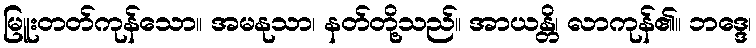
မြူးတတ်ကုန်သော။ အမနုသာ၊ နတ်တို့သည်။ အာယန္တိ၊ လာကုန်၏။ ဘဒ္ဒေ၊